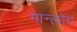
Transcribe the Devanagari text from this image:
गान्लोंग